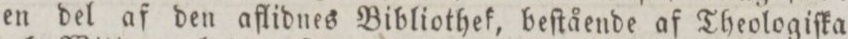
en del af den aflidnes Bibliothek, beſtående af Theologiſka